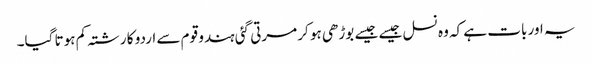
یہ اور بات ہے کہ وہ نسل جیسے جیسے بوڑھی ہو کر مرتی گئی ہندو قوم سے اردو کا رشتہ کم ہوتا گیا۔